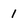
Character: 1